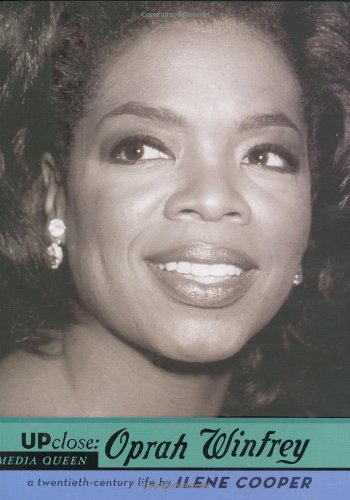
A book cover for Oprah Winfrey (Up Close); Ilene Cooper; Teen & Young Adult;